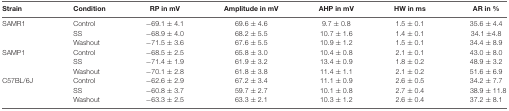
<table><thead><tr><td><b>Strain</b></td><td><b>Condition</b></td><td><b>RP in mV</b></td><td><b>Amplitude in mV</b></td><td><b>AHP in mV</b></td><td><b>HW in ms</b></td><td><b>AR in %</b></td></tr></thead><tbody><tr><td>SAMR1</td><td>Control</td><td>−69.1 ± 4.1</td><td>69.6 ± 4.6</td><td>9.7 ± 0.8</td><td>1.5 ± 0.1</td><td>35.6 ± 4.4</td></tr><tr><td></td><td>SS</td><td>−68.9 ± 4.0</td><td>68.2 ± 5.5</td><td>10.7 ± 1.6</td><td>1.4 ± 0.1</td><td>34.1 ±4.8</td></tr><tr><td></td><td>Washout</td><td>−71.5 ± 3.6</td><td>67.6 ± 5.5</td><td>10.9 ± 1.2</td><td>1.5 ± 0.1</td><td>34.4 ± 8.9</td></tr><tr><td>SAMP1</td><td>Control</td><td>−68.5 ± 2.5</td><td>65.8 ± 3.0</td><td>10.4 ± 0.8</td><td>2.1 ± 0.1</td><td>43.0 ± 8.0</td></tr><tr><td></td><td>SS</td><td>−71.4 ± 1.9</td><td>61.9 ± 3.2</td><td>13.4 ± 0.9</td><td>1.8 ± 0.2</td><td>48.9 ± 3.2</td></tr><tr><td></td><td>Washout</td><td>−70.1 ± 2.8</td><td>61.8 ± 3.8</td><td>11.4 ± 1.1</td><td>2.1 ± 0.2</td><td>51.6 ± 6.9</td></tr><tr><td>C57BL/6J</td><td>Control</td><td>−62.6 ± 2.9</td><td>67.2 ± 3.4</td><td>11.1 ± 0.9</td><td>2.6 ± 0.5</td><td>34.2 ± 7.7</td></tr><tr><td></td><td>SS</td><td>−60.8 ± 3.7</td><td>59.7 ± 2.7</td><td>10.1 ± 0.8</td><td>2.7 ± 0.4</td><td>38.9 ± 11.8</td></tr><tr><td></td><td>Washout</td><td>−63.3 ± 2.5</td><td>63.3 ± 2.1</td><td>10.3 ± 1.2</td><td>2.6 ± 0.4</td><td>37.2 ± 8.1</td></tr></tbody></table>